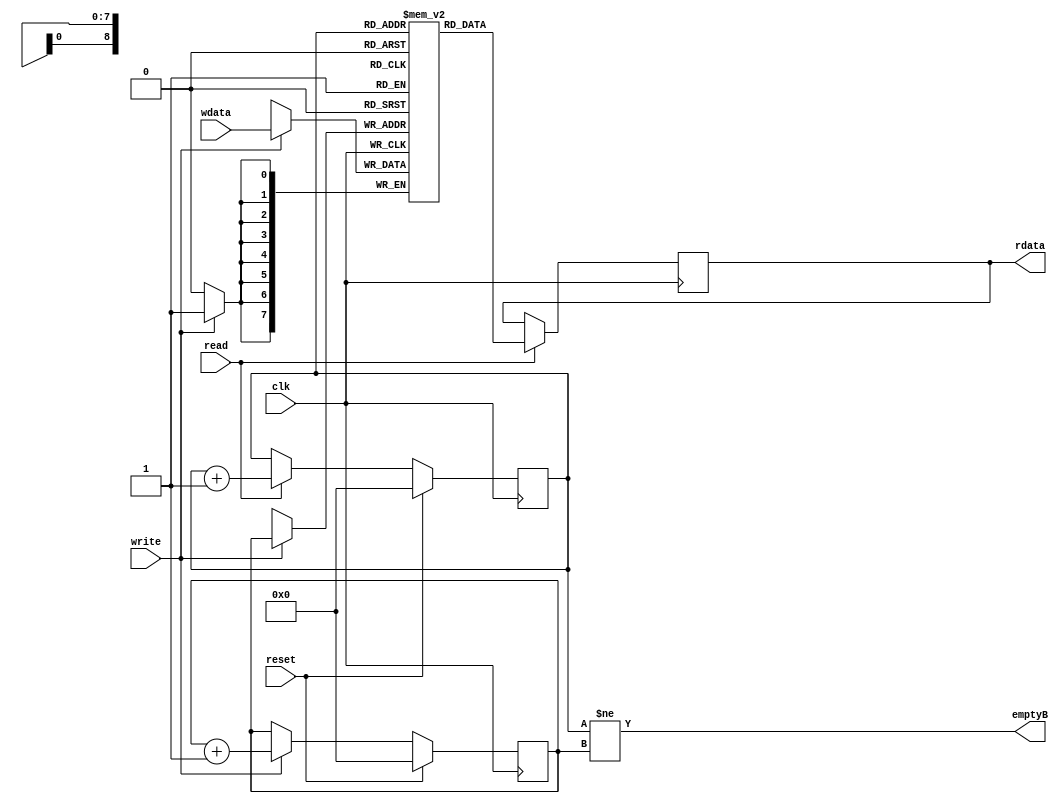

//
// a simple fifo
//



module fifo (output reg [7:0] rdata,
	     output wire emptyB,
	     input 	 read,
	     input [7:0] wdata,
	     input 	 write,
	     input 	 reset,
	     input 	 clk);

   reg [8:0] 		 rdaddr;
   reg [8:0] 		 wraddr;

   assign emptyB = (rdaddr != wraddr);
   
//   initial begin
//      $monitor ($time,,,"write=%b wraddr=%x  wdata=%s, rdaddr=%x rdata=%s", 
//		write, wraddr, wdata, rdaddr, rdata);
//   end      


   always @(posedge clk) begin
      if (reset) begin
	 rdaddr <= 9'b0_0000_0000;
	 wraddr <= 9'b0_0000_0000;
      end
      else begin
	 if (read)
	   rdaddr <= rdaddr + 1;
	 else
	   rdaddr <= rdaddr;
	 
	 if (write)
	   wraddr <= wraddr + 1;
	 else
	   wraddr <= wraddr;
      end
   end // always @ (posedge clk)

   reg [7:0] mfifo[511:0];
   
   always @(posedge clk) begin
      if (read)
	rdata <= mfifo[rdaddr];
      else
	rdata <= rdata;
   end
	
   always @(posedge clk) begin
      if (write)
	mfifo[wraddr] <= wdata;
   end

endmodule // fifo